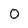
Character: 0